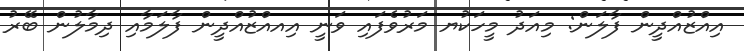
އިއްޒުއްދީން ފާލަން: މިއަދު މީހަކުޔ މަރުވެފައި ވަނީ އިއއްޒުއްދީން ފާލަމާއި ދިމާލުން ބޭރު